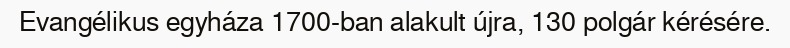
Evangélikus egyháza 1700-ban alakult újra, 130 polgár kérésére.